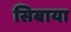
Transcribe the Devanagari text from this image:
सिबाया